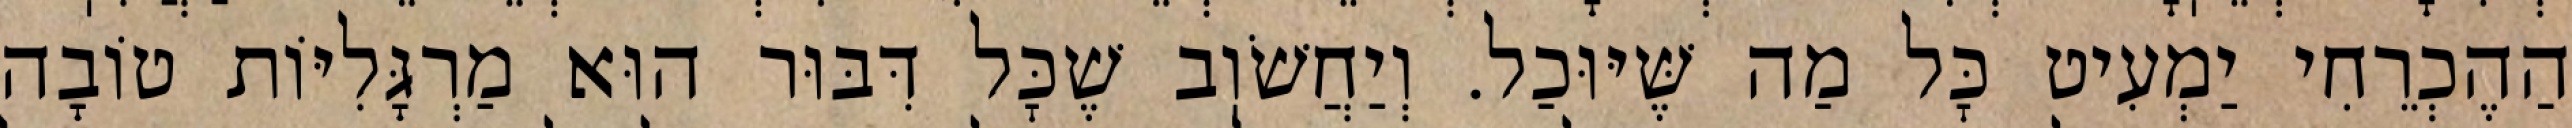
הַהֶכְרֵחִי יַמְעִיט כׇּל מַה שֶּׁיּוּכַל. וְיַחֲשֹׁוֽב שֶׁכׇּל דִּבּוּר הוּא מַרְגָּלִיּוֹת טוֹבָה